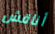
أناقش